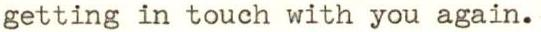
getting in touch with you again.